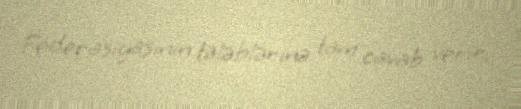
Federasiyasının tələblərinə tam cavab verir.